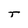
Character: T